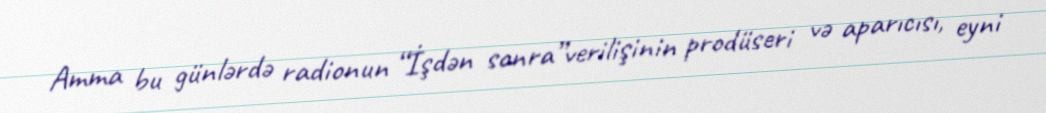
Amma bu günlərdə radionun “İşdən sonra”verilişinin prodüseri və aparıcısı, eyni